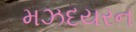
મઝદયરન